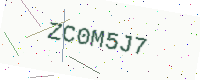
Text: ZC0M5J7